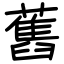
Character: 舊